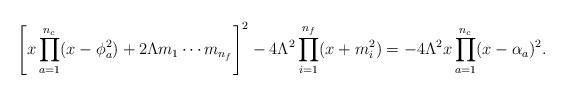
\begin{align*}\left[ x \prod_{a=1}^{n_{c}} (x-\phi_{a}^{2}) + 2\Lambda m_{1} \cdots m_{n_{f}} \right]^{2} - 4\Lambda^{2} \prod_{i=1}^{n_{f}}(x+m_{i}^{2}) = -4\Lambda^{2} x \prod_{a=1}^{n_{c}} (x-\alpha_{a})^{2}. \end{align*}